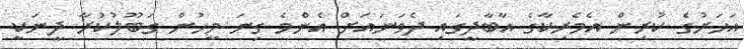
އަހަރުގެ ކުރިން އެމެރިކާގެ އާބާދީގައި ދެވަނައަށް އެންމެ ގިނަ މީހުން ގަބޫލުކުރާ ދީނަކީ